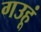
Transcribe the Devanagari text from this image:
गउहूं